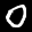
Label: 0